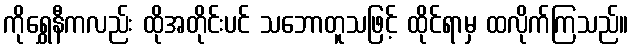
ကိုရွှေနီကလည်း ထိုအတိုင်းပင် သဘောတူသဖြင့် ထိုင်ရာမှ ထလိုက်ကြသည်။